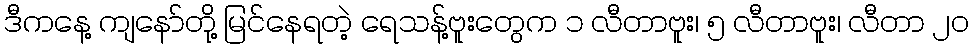
ဒီကနေ့ ကျနော်တို့ မြင်နေရတဲ့ ရေသန့်ဗူးတွေက ၁ လီတာဗူး၊ ၅ လီတာဗူး၊ လီတာ ၂၀